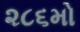
૨૮૬મો